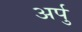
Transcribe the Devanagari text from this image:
अर्पु